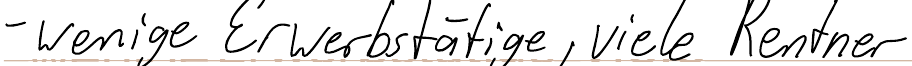
- wenige Erwerbstätige, viele Rentner